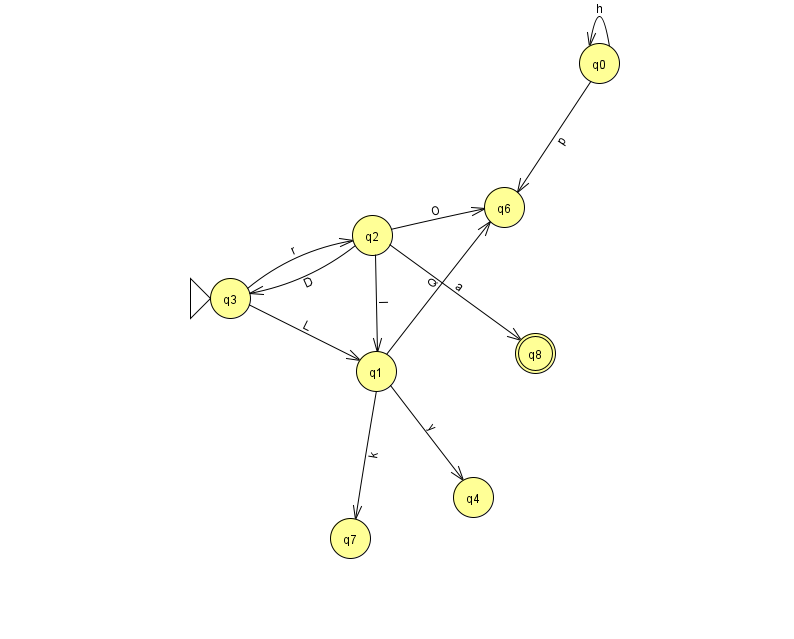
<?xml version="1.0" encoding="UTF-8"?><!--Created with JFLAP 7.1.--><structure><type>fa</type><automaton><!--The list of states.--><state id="0" name="q0"><x>599.0</x><y>50.0</y></state><state id="1" name="q1"><x>376.0</x><y>358.0</y></state><state id="2" name="q2"><x>372.0</x><y>222.0</y></state><state id="3" name="q3"><x>230.0</x><y>285.0</y><initial/></state><state id="4" name="q4"><x>473.0</x><y>484.0</y></state><state id="6" name="q6"><x>504.0</x><y>194.0</y></state><state id="7" name="q7"><x>350.0</x><y>525.0</y></state><state id="8" name="q8"><x>535.0</x><y>340.0</y><final/></state><!--The list of transitions.--><transition><from>2</from><to>6</to><read>O</read></transition><transition><from>1</from><to>7</to><read>k</read></transition><transition><from>3</from><to>1</to><read>L</read></transition><transition><from>0</from><to>6</to><read>p</read></transition><transition><from>1</from><to>4</to><read>y</read></transition><transition><from>0</from><to>0</to><read>h</read></transition><transition><from>3</from><to>2</to><read>r</read></transition><transition><from>1</from><to>6</to><read>Q</read></transition><transition><from>2</from><to>1</to><read>l</read></transition><transition><from>2</from><to>3</to><read>D</read></transition><transition><from>2</from><to>8</to><read>a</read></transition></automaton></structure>